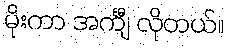
မိုးကာ အင်္ကျီ လိုတယ်။